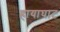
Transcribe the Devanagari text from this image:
हायाघाट